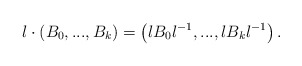
\begin{align*}l\cdot \left(B_0,...,B_k\right)= \left(lB_0 l^{-1}, ..., l B_k l^{-1}\right).\end{align*}